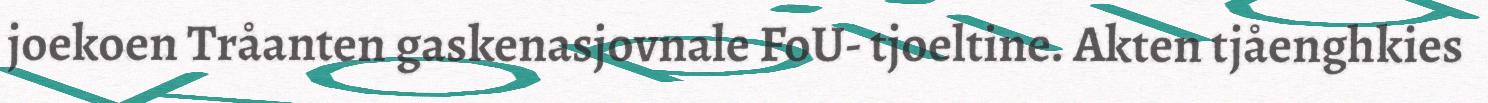
joekoen Tråanten gaskenasjovnale FoU- tjoeltine. Akten tjåenghkies